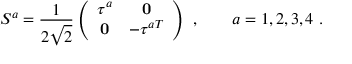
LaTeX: S ^ { a } = \frac { 1 } { 2 \sqrt { 2 } } \left( \begin{array} { c c } { { \tau ^ { a } } } & { { { \bf 0 } } } \\ { { { \bf 0 } } } & { { - \tau ^ { a T } } } \end{array} \right) \ , \qquad a = 1 , 2 , 3 , 4 \ .